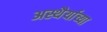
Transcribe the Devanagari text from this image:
अस्थैर्याच्या